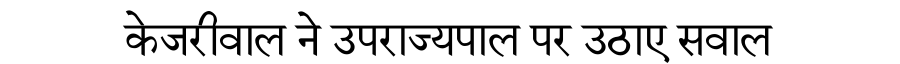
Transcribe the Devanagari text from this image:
केजरीवाल ने उपराज्यपाल पर उठाए सवाल